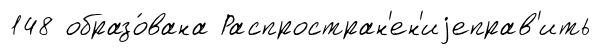
148 образо́вана Распростран'ен'иjеправ'ить